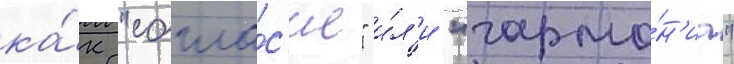
ка́к "согла́с'ие" и́л'и "гармо́н'иа"